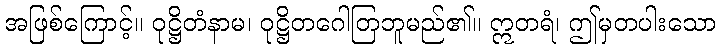
အဖြစ်ကြောင့်။ ဝုဋ္ဌိတံနာမ၊ ဝုဋ္ဌိတဂေါတြဘူမည်၏။ ဣတရံ၊ ဤမှတပါးသော